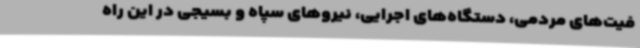
فیت‌های مردمی، دستگاه‌های اجرایی، نیروهای سپاه و بسیجی در این راه